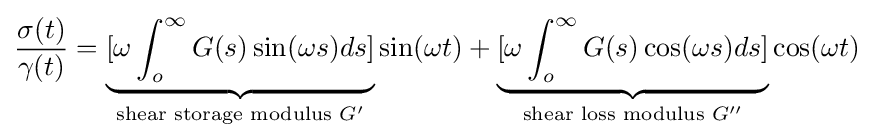
{\frac {\sigma (t)}{\gamma (t)}}=\underbrace {[\omega \int _{o}^{\infty }G(s)\sin(\omega s)ds]} _{{\text{shear storage modulus }}G'}\sin(\omega t)+\underbrace {[\omega \int _{o}^{\infty }G(s)\cos(\omega s)ds]} _{{\text{shear loss modulus }}G''}\cos(\omega t)